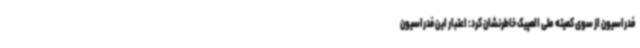
فدراسیون از سوی کمیته ملی المپیک خاطرنشان کرد: اعتبار این فدراسیون